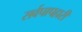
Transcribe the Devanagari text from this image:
सर्वपापहारी